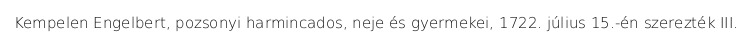
Kempelen Engelbert, pozsonyi harmincados, neje és gyermekei, 1722. július 15.-én szerezték III.